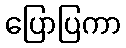
ပြောပြကာ